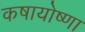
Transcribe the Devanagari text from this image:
कषायोष्णा